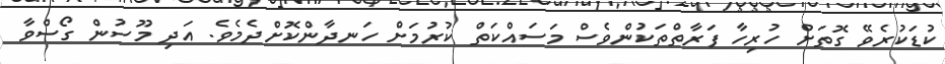
ކުޑަކުރެވޭ ގޮތަށް ހުރިހާ ފަރާތްތަކުންވެސް މަސައްކަތް ކުރުމަށް ހަނދާންކޮށްދެމެވެ. އަދި މޫސުން ގޯސްވާ